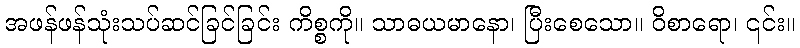
အဖန်ဖန်သုံးသပ်ဆင်ခြင်ခြင်း ကိစ္စကို။ သာဓယမာနော၊ ပြီးစေသော။ ဝိစာရော၊ ၎င်း။